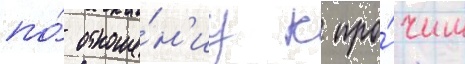
по́ отноше́н'иу к про́чим